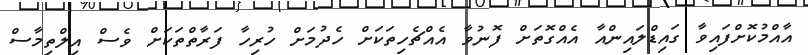
އާއްމުކޮށްފައިވާ ގައިޑްލައިންއާ އެއްގޮތަށް ފޮނުވާ އެއްޗެހިތަކަށް ހެދުމަށް ހުރިހާ ފަރާތްތަކަށް ވެސް އިލްތިމާސް